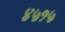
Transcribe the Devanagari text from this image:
४५१५